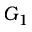
G _ { 1 }